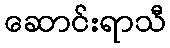
ဆောင်းရာသီ